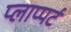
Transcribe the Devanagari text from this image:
प्लाप्पर्ट